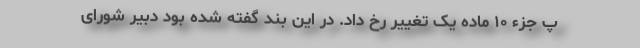
پ جزء ۱۰ ماده یک تغییر رخ داد. در این بند گفته شده بود دبیر شورای